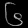
Digit: ၆